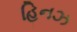
હિનઝ